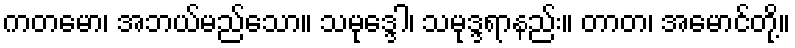
ကတမော၊ အဘယ်မည်သော။ သမုဒ္ဒေါ၊ သမုဒ္ဒရာနည်း။ တာတ၊ အမောင်တို့။